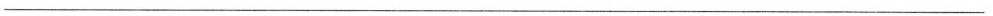
___